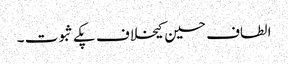
الطاف حسین کیخلاف پکے ثبوت ۔